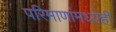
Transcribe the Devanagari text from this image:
परिमाणांमध्येही